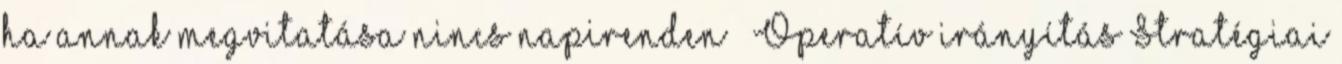
ha annak megvitatása nincs napirenden ” Operatív irányítás Stratégiai